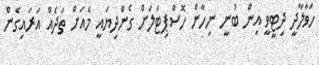
ހަވާލާދީ ދިޓީވީ އިން ބުނީ ނިހާން ހޮސްޕިޓަލަށް ގެންދިޔައީ މެއަށް ތަދެއް އަރައިގެން